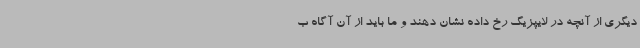
دیگری از آنچه در لایپزیگ رخ داده نشان دهند و ما باید از آن آگاه ب